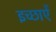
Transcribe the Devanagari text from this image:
इच्छाऐं